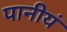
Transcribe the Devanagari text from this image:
पानीयं